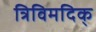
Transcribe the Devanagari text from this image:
त्रिविमदिक्